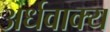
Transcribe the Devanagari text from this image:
अर्धवाक्य